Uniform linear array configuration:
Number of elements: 64
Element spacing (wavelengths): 1
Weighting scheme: binomial
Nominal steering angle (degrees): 0
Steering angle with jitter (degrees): -1.636
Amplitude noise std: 0.05
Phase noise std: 0.05

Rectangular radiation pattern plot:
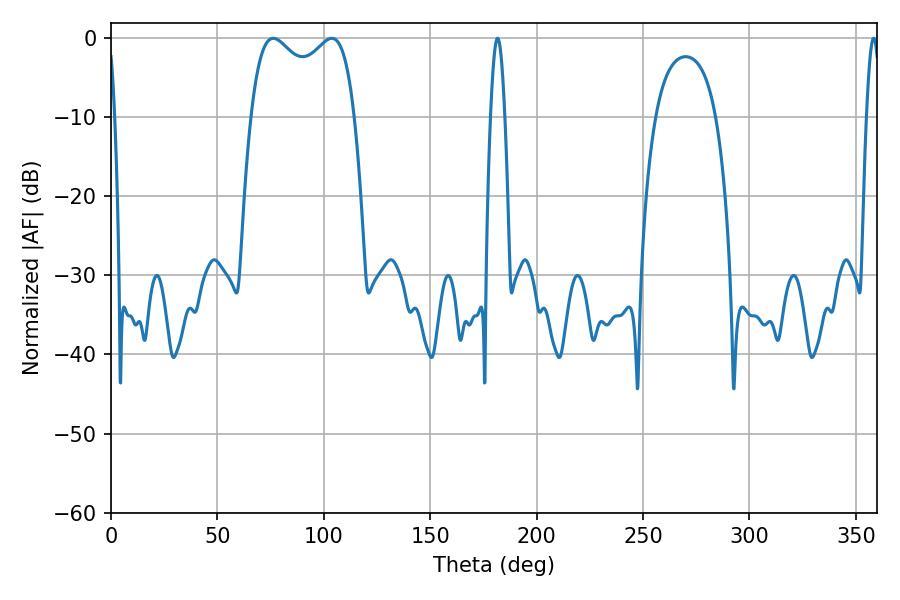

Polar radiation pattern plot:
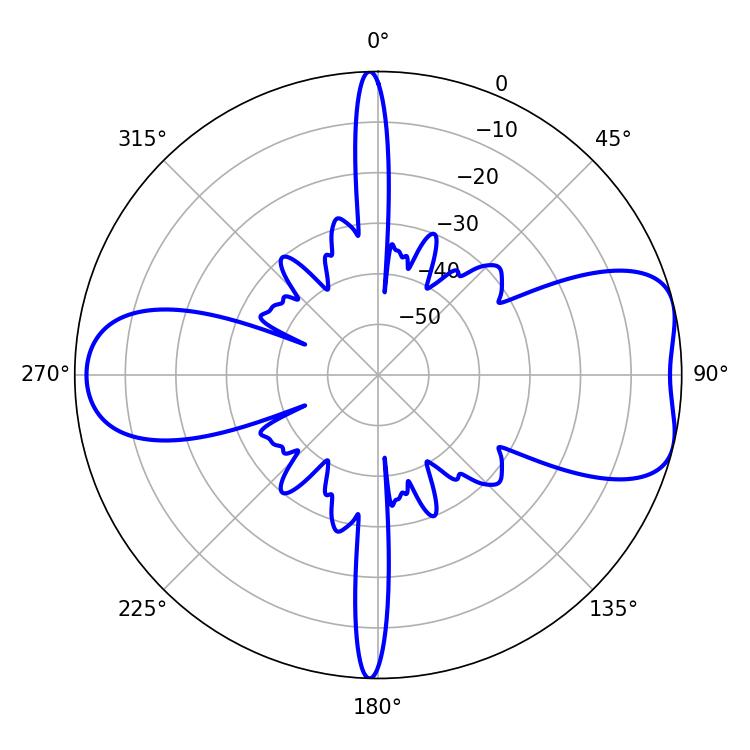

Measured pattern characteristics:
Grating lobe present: TRUE
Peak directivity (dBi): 7.22
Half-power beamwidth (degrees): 40.32
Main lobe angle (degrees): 76.32